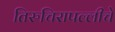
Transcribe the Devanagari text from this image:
तिरुचिरापल्लीचे